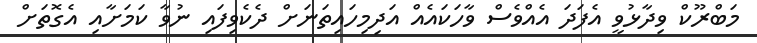
މަބްރޫކް ވިދާޅުވީ އެފަދަ އެއްވެސް ވާހަކައެއް އަދިމިހައިތަނަށް ދެކެވިފައި ނުވާ ކަމަށާއި އެގޮތަށް